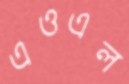
এওএল